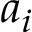
a _ { i }